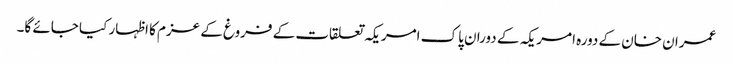
عمران خان کے دورہ امریکہ کے دوران پاک امریکہ تعلقات کے فروغ کے عزم کا اظہار کیا جائے گا۔